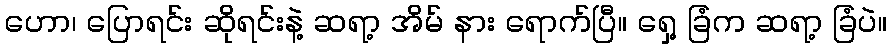
ဟော၊ ပြောရင်း ဆိုရင်းနဲ့ ဆရာ့ အိမ် နား ရောက်ပြီ။ ရှေ့ ခြံက ဆရာ့ ခြံပဲ။